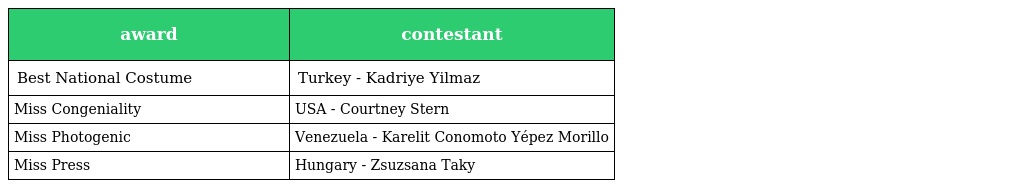
| award | contestant |
 | --- | --- |
 | Best National Costume | Turkey - Kadriye Yilmaz |
 | Miss Congeniality | USA - Courtney Stern |
 | Miss Photogenic | Venezuela - Karelit Conomoto Yépez Morillo |
 | Miss Press | Hungary - Zsuzsana Taky |